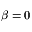
\beta = 0